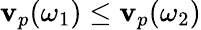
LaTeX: \mathbf{v}_{p}(\omega_{1})\leq\mathbf{v}_{p}(\omega_{2})